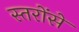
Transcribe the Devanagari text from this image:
स्तरोंसे